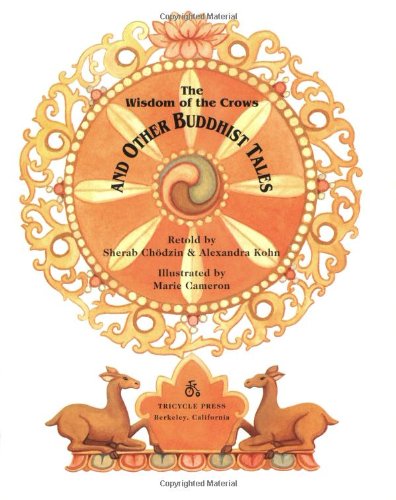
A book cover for The Wisdom of the Crows and Other Buddhist Tales; Children's Books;